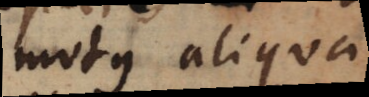
motus aliqua